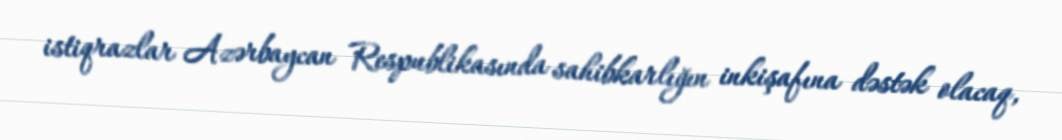
istiqrazlar Azərbaycan Respublikasında sahibkarlığın inkişafına dəstək olacaq,